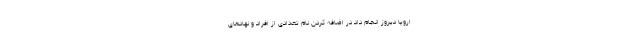
اروپا دیروز انجام داد در اضافه کردن نام تعدادی از افراد و نهادهای